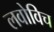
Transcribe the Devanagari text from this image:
लवोविच